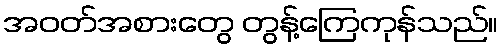
အဝတ်အစားတွေ တွန့်ကြေကုန်သည်။